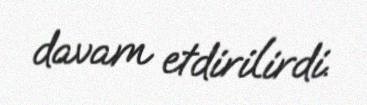
davam etdirilirdi.